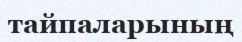
тайпаларының